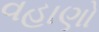
વહાણો